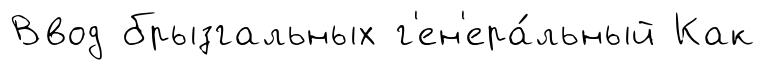
Ввод брызгальных г'ен'ера́льный Как